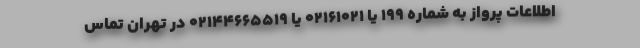
اطلاعات پرواز به شماره ۱۹۹ یا ۰۲۱۶۱۰۲۱ یا ۰۲۱۴۴۶۶۵۵۱۹ در تهران تماس